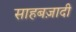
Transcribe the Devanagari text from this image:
साहबज़ादी